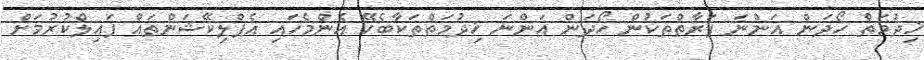
ޚިދުމަތް ހޯދަން އަންނަ ފަރާތްތަކުން ހޯދަން އަންނަ ޚިދުމަތްތަކާބެހޭ އެންމެހައި އެޕްލިކޭޝަންތައް ފައިލްކުރުމަށް